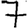
Digit: 7